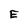
Character: E